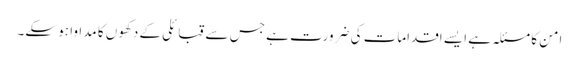
امن کا مسئلہ ہے ایسے اقدامات کی ضرورت ہے جس سے قبائلی کے دکھوں کا مداوا ہو سکے۔